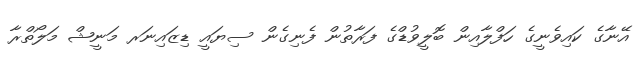
އޭނާގެ ކައިވެނީގެ ހަފްލާއިން ބޮލީވުޑްގެ ފަރާތުން ފެނިގެން ސިޔައީ ޑިޒައިނަރ މަނީޝް މަލޯތްރާ